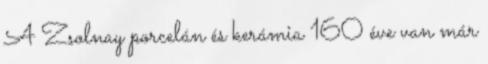
A Zsolnay porcelán és kerámia 160 éve van már